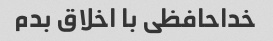
خداحافظی با اخلاق بدم